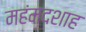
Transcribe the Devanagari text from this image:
महंमदशाह